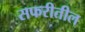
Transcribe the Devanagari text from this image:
सफरीतील